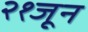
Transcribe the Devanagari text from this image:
२१जून